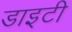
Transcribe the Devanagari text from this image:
डाइटी